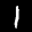
Label: 1